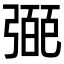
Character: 𢐝